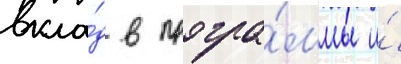
вкла́д в програ́ммы и́